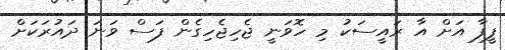
ފީފާ އަށް އާ ރައީސަކު މި ހޮވަނީ ޖެހިޖެހިގެން ފަސް ވަނަ ދައުރަކަށް